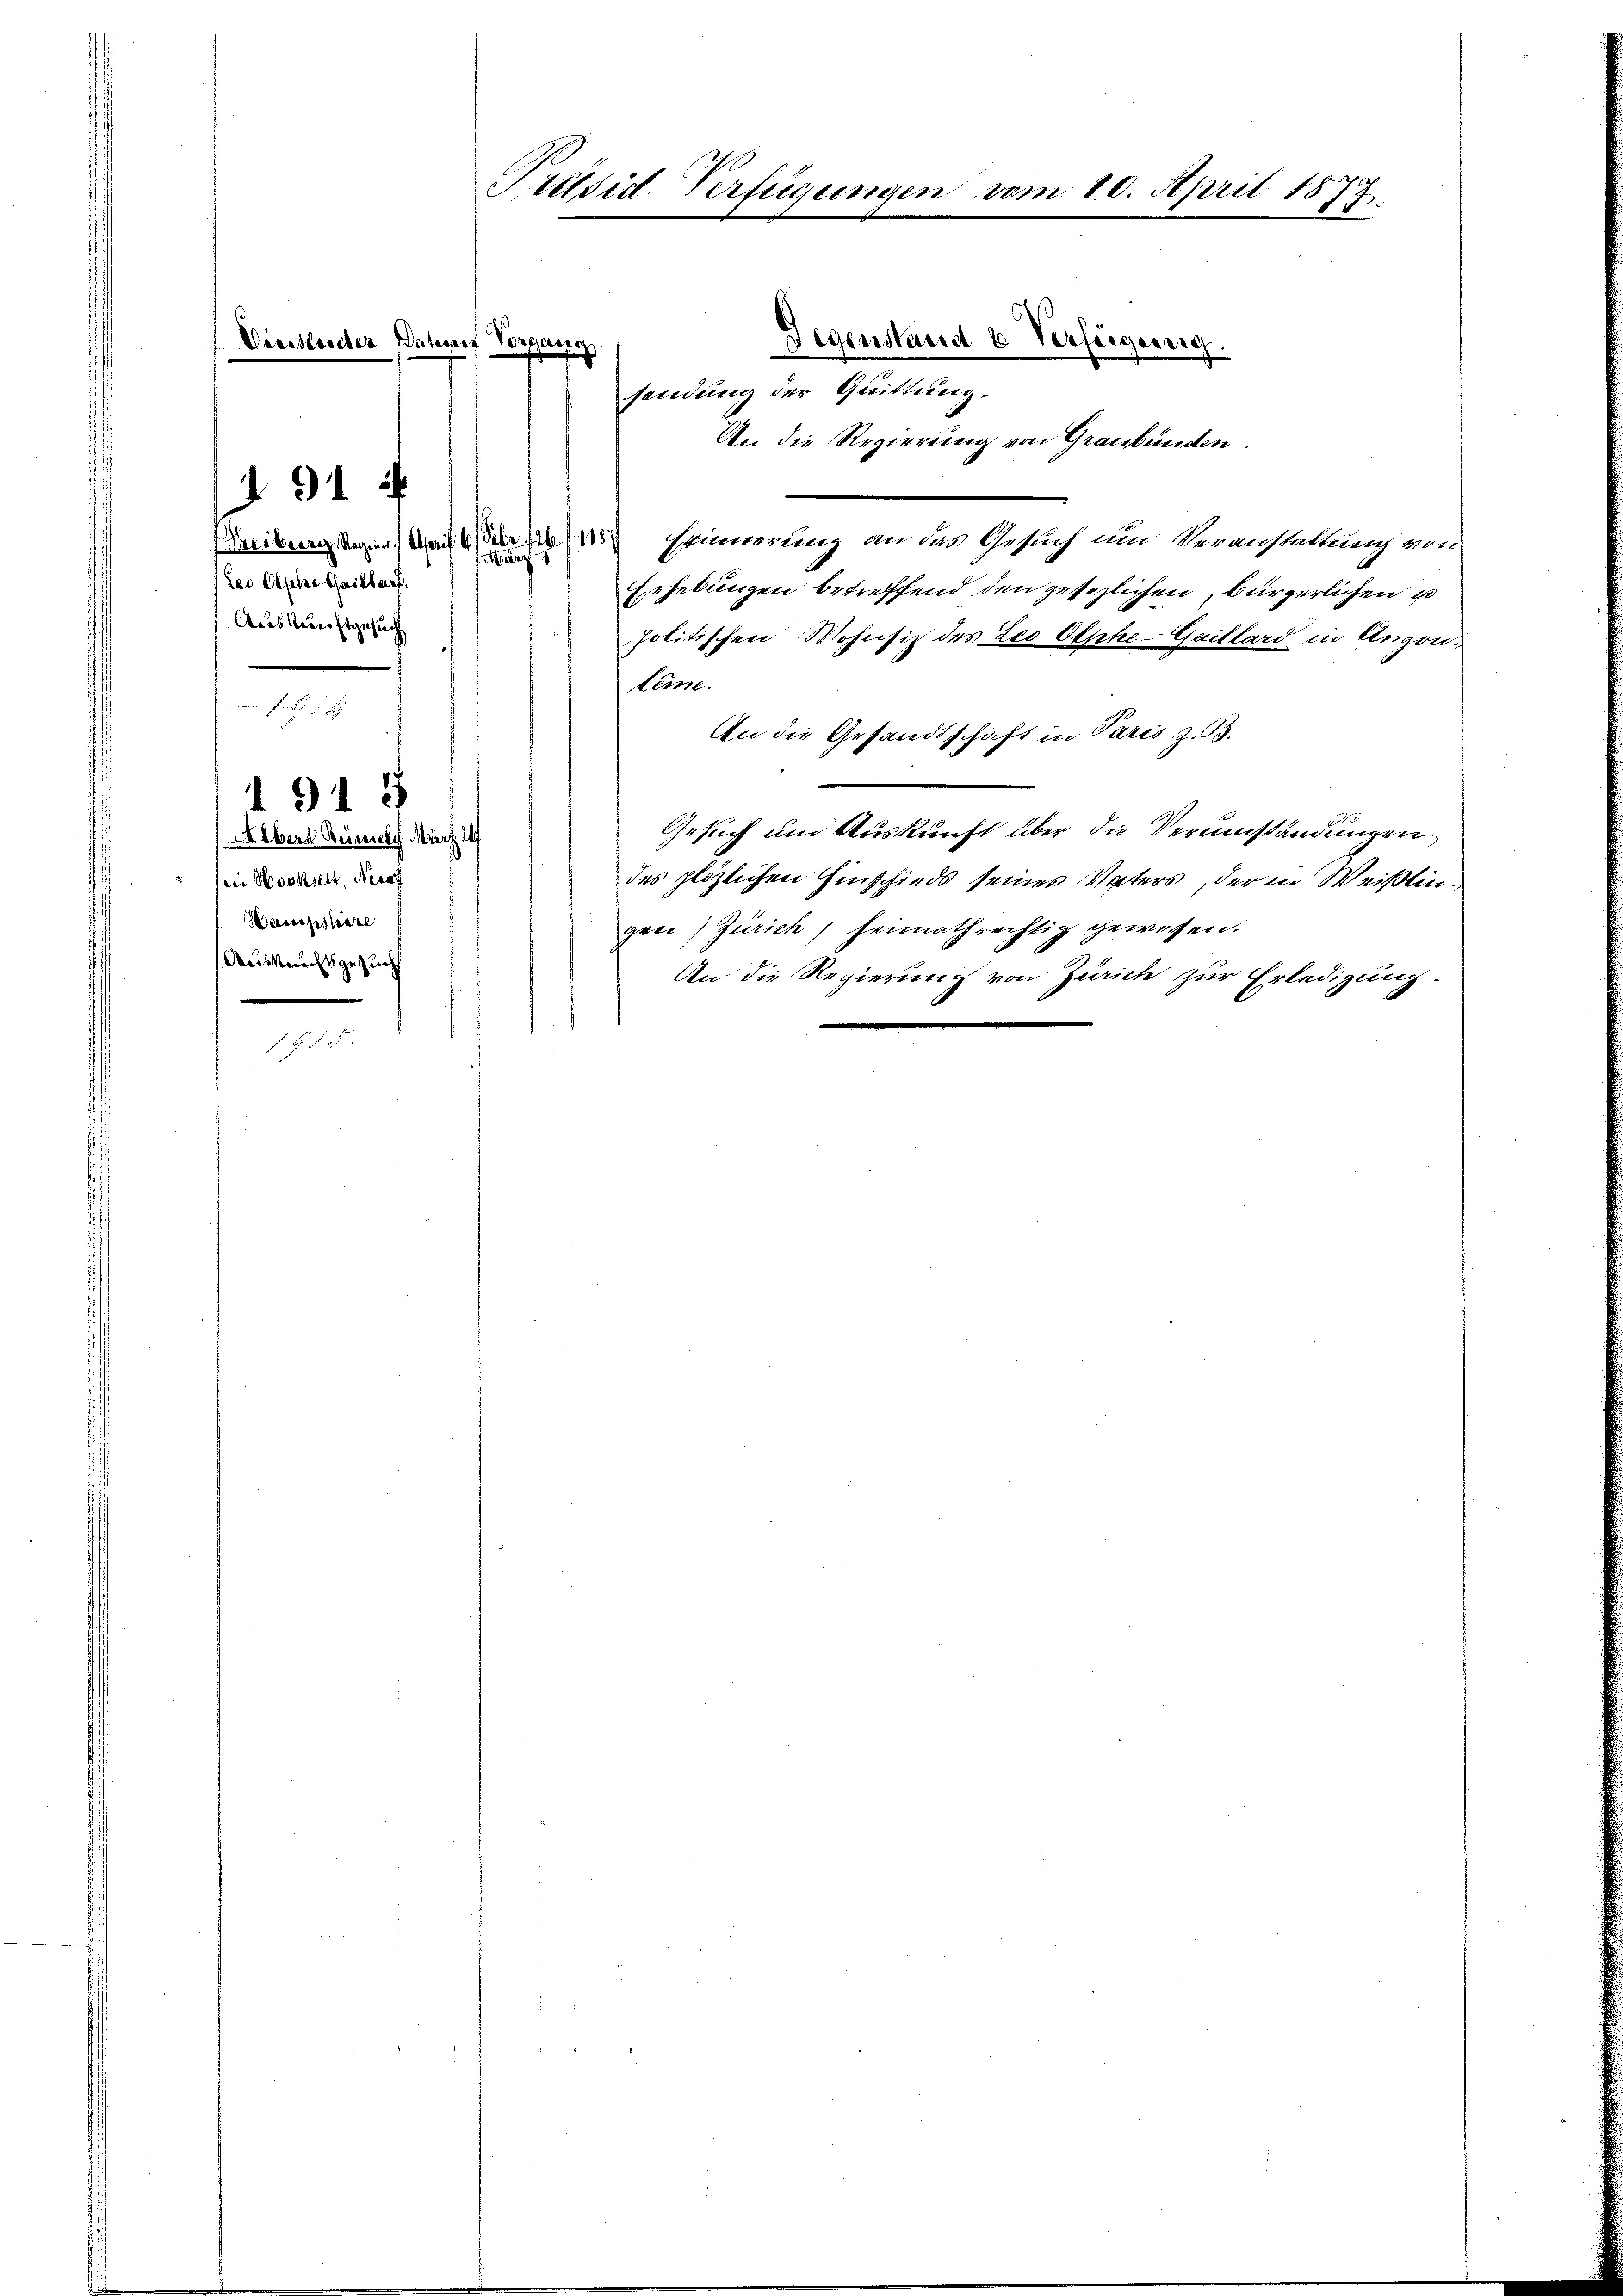
mitgegen in der Erinnerung an das Gesuch um Veranstattung von
Erhebungen betreffend den gesezlichen, bürgerlichen u
Aus Neuerstgesuch
politischen Wohnsitz des Leo Otphe-Gaillard in Augenteme.
I
An die Gesandtschaft in Paris z. B.
1918
Gesuch um Auskunft über die Verumständungen,
Albert Reinen März 26.
des plötzlichen Einschieds seines Vaters, der in Weißlin¬
" Sei Hochselt, Neue
Hampshäre
grei) Zürich, heimathrechtig gewesen.
Aausknechtsgesucht
An die Regierung von Zürich zur Erledigung.
J. P. F.

2
Présist. Verfügungen vom 10. April 1873.
Gegenstand & Verfügung.
Diertleider Bahnef Vorgang
sendung der Quittung.
An die Regierung von Graubünden.

Leo Olsche Gaisbarf.

91.

e